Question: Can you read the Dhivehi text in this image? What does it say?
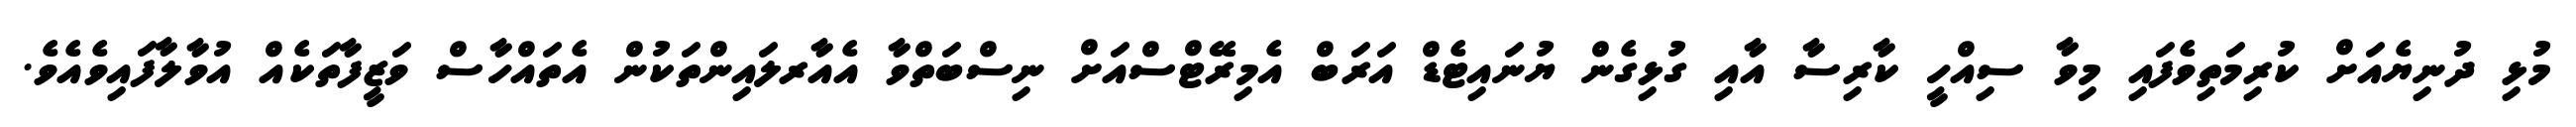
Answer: މުޅި ދުނިޔެއަށް ކުރިމަތިވެފައި މިވާ ސިއްހީ ކާރިސާ އާއި ގުޅިގެން ޔުނައިޓެޑް އަރަބް އެމިރޭޓްސްއަށް ނިސްބަތްވާ އެއާރލައިންތަކުން އެތައްހާސް ވަޒީފާތަކެއް އުވާލާފައިވެއެވެ.